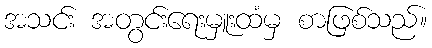
အသင်း အတွင်းရေးမှူးထံမှ စာဖြစ်သည်။